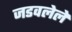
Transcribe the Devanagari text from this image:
जडवलेले